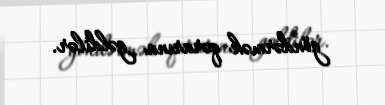
göndərmək qərarına gəldilər.